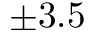
\pm 3 . 5